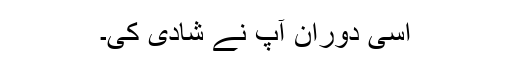
اسی دوران آپ نے شادی کی۔